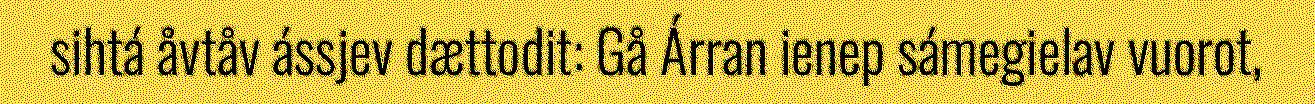
sihtá åvtåv ássjev dættodit: Gå Árran ienep sámegielav vuorot,